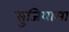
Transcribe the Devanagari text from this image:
सुजियामा